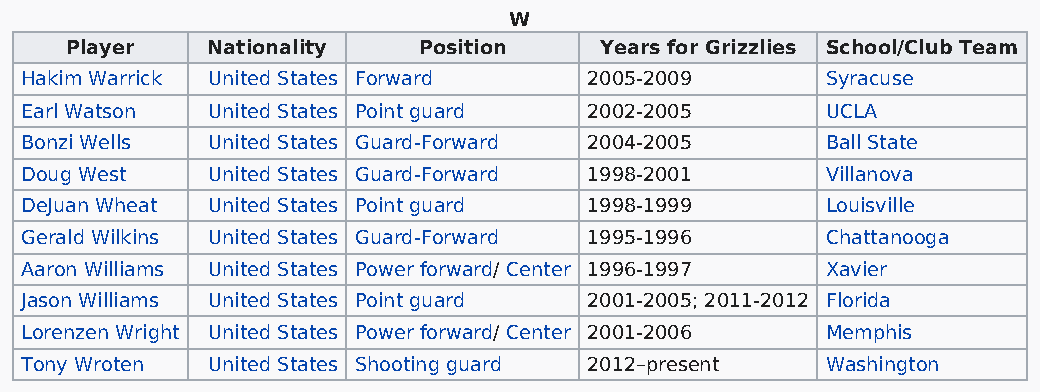
W
 Player    Nationality   Position    Years for Grizzlies School/Club Team
 Hakim Warrick United States Forward   2005-2009       Syracuse
 Earl Watson  United States Point guard 2002-2005      UCLA
 Bonzi Wells  United States Guard-Forward 2004-2005    Ball State
 Doug West    United States Guard-Forward 1998-2001    Villanova
 DeJuan Wheat United States Point guard 1998-1999      Louisville
 Gerald Wilkins United States Guard-Forward 1995-1996  Chattanooga
 Aaron Williams United States Power forward/ Center 1996-1997 Xavier
 Jason Williams United States Point guard 2001-2005; 2011-2012 Florida
 Lorenzen Wright United States Power forward/ Center 2001-2006 Memphis
 Tony Wroten  United States Shooting guard 2012–present Washington